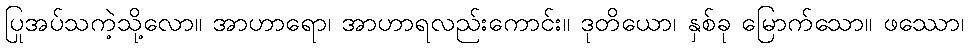
ပြုအပ်သကဲ့သို့လော။ အာဟာရော၊ အာဟာရလည်းကောင်း။ ဒုတိယော၊ နှစ်ခု မြောက်သော။ ဖဿော၊